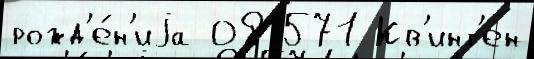
рожд'е́н'иjа 08 571 Кв'инт'ен